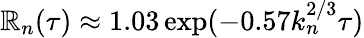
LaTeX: \mathbb{R}_{n}(\tau)\approx1.03\exp(-0.57k_{n}^{2/3}\tau)